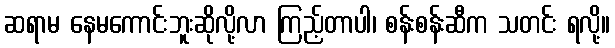
ဆရာမ နေမကောင်းဘူးဆိုလို့လာ ကြည့်တာပါ၊ စန်းစန်းဆီက သတင်း ရလို့။